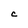
Character: C